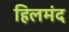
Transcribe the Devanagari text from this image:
हिलमंद